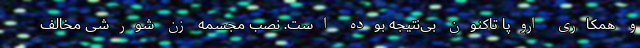
و همکاری اروپا تاکنون بی‌نتیجه بوده است. نصب مجسمه زن شورشی مخالف